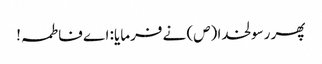
پھر رسولخدا (ص) نے فرمایا: اے فاطمہ!